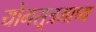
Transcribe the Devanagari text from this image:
योगसूत्रभाष्य